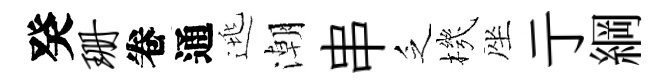
癸珊卷通逃潮串乏機座亍綱